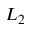
L _ { 2 }